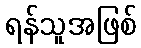
ရန်သူအဖြစ်